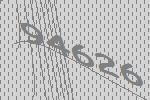
94626